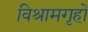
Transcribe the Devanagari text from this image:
विश्रामगृहों